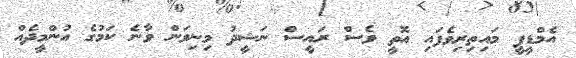
އެމްޑީޕީ މައިތިރިވެފައި އޮތީ ވެސް ރައީސް ނަޝީދު މިނިވަން ވާނެ ކަމުގެ އުންމީދެއް